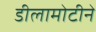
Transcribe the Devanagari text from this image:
डीलामोटीने